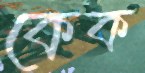
কেক